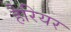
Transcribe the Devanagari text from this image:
हैरियर